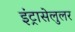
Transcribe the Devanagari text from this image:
इंट्रासेलुलर